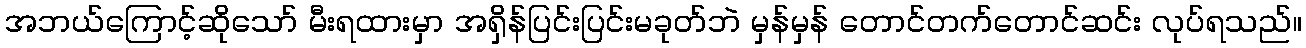
အဘယ်ကြောင့်ဆိုသော် မီးရထားမှာ အရှိန်ပြင်းပြင်းမခုတ်ဘဲ မှန်မှန် တောင်တက်တောင်ဆင်း လုပ်ရသည်။